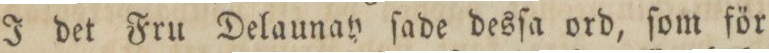
I det Fru Delaunay ſade desſa ord, ſom för